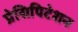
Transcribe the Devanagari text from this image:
प्रेसिपिटेशन